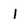
Character: 1